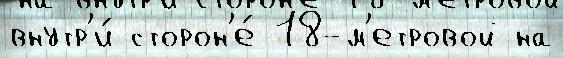
внутр'и́ сторон'е́ 18-м'етровой на